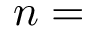
n =